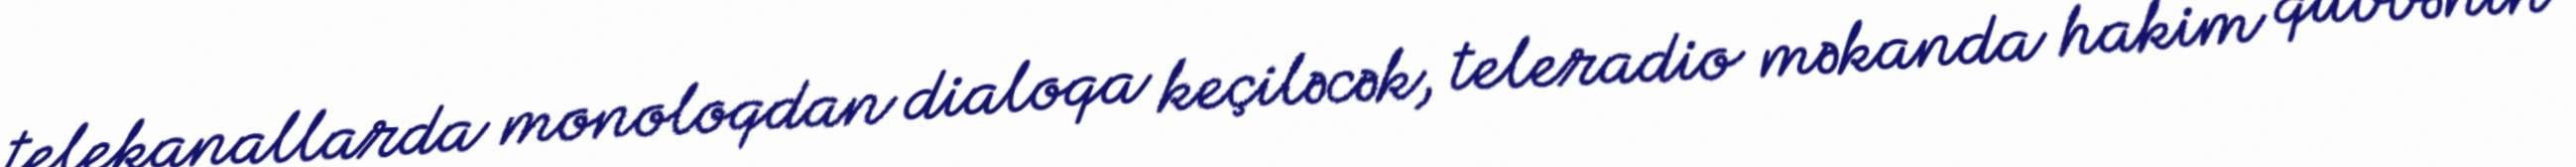
telekanallarda monoloqdan dialoqa keçiləcək, teleradio məkanda hakim qüvvənin